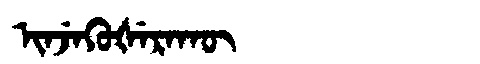
Manchu: ᡳᠨᠵᡝᡴᡠᡧᡝᡵᠠᡴᡡ
Romanization: INJEKUŠERAKŪ